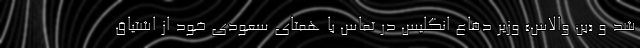
شد و «بن والاس» وزیر دفاع انگلیس در تماس با همتای سعودی خود از اشتیاق